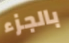
بالجزء